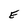
Character: E